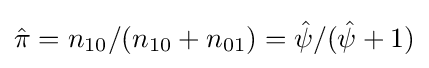
{\hat {\pi }}=n_{10}/(n_{10}+n_{01})={\hat {\psi }}/({\hat {\psi }}+1)